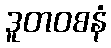
ဒူတဝစနံ